Annual statistical returns and brief notes on vaccination in Bengal - 1909-1929
Year: 1909
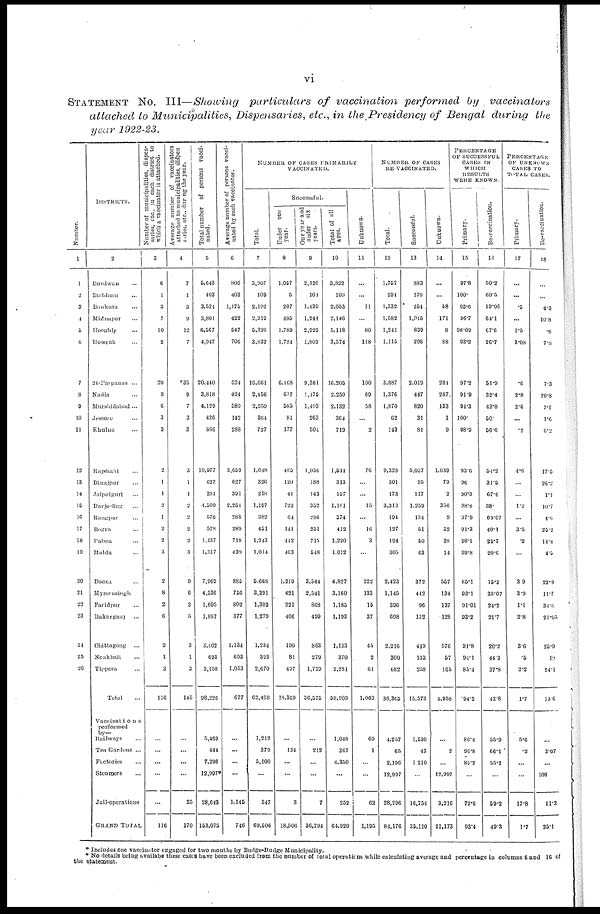
vi
STATEMENT NO. III—Showing particulars of vaccination performed by vaccinators
attached to Municipalities, Dispensaries, etc., in the Presidency of Bengal during the
year 1922-23.
Number.
1
1
2
3
4
5
6
7
8
9
10
11
12
13
14
15
16
17
18
19
20
21
22
23
24
25
26
DISTRICTS.
2
Burdwan ...
Birbhum ...
Bankura ...
Midnapur ...
Hooghly ...
Howrah ...
24-Parganas ...
Nadia ...
Murshidabad ...
Jessore ...
Khulna ...
Rajshahi ...
Dinajpur ...
Jalpaiguri ...
Darjeeling ...
Rangpur ...
Bogra ...
Pabna ...
Malda ...
Dacca ...
Mymensingh
Faridpur ...
Bakarganj ...
Chittagong
...
Noakhali ...
Tippera ...
Total ...
Vaccinations
porformed
by—
Railways ...
Tea Gardens ...
Factories ...
Steamers ...
Jail-operations
GRAND TOTAL
Number of municipalities, dispen-
saries, etc., in each district to
which a vaccinator is attached.
3
6
1
3
7
10
2
28
9
6
3
3
2
1
1
2
1
2
2
3
2
8
2
6
2
1
3
116
...
...
...
...
...
116
Average number of vaccinators
attached to municipalities, dispen-
saries, etc., during the year.
4
7
1
3
9
12
7
39
9
7
3
3
3
1
1
2
2
2
2
3
9
6
2
5
3
1
3
145
...
...
...
...
25
170
Total number of persons vacci-
nated.
5
5,643
403
3,524
3,801
6,567
4,947
20,440
3,818
4,129
426
866
10,977
627
391
4,509
576
578
1,437
1,317
7,969
4,536
1,605
1,887
3,402
693
3,158
98,226
5,469
444
7,296
12,997*
28,643
153,075
Average number of persons vacci-
nated by each vaccinator.
6
806
403
1,175
422
547
706
524
424
589
142
288
3,659
627
391
2,251
288
289
718
439
885
756
802
377
1,134
693
1,053
677
...
...
...
...
1,145
746
NUMBER OF CASES PRIMARILY
VACCINATED.
Total.
7
3,907
109
2,192
2,219
5,326
3,832
19,661
2,456
2,259
364
727
1,648
326
218
1,197
382
451
1,243
1,014
5,668
3,391
1,302
1,279
1,234
393
2,670
62,468
1,212
1,212
379
5,100
...
347
69,506
Successful.
Under one
year.
8
1,057
5
207
405
1,789
1,724
6,168
677
585
81
177
465
120
41
723
64
141
412
463
1,219
421
221
406
190
81
497
18,369
...
134
...
...
3
18,506
One year and
under six
years.
9
2,126
101
1,439
1,244
2,922
1,802
9,361
1,475
1,493
263
504
1,036
188
143
352
286
251
715
548
3,544
2,541
868
499
863
279
1,729
36,575
...
212
...
...
7
36,794
Total of all
ages.
10
3,822
109
2,053
2,146
5,118
3,574
16,205
2,259
2,132
364
719
1,544
313
197
1,181
374
412
1,220
1,012
4,827
3,160
1,185
1,193
1,133
370
2,281
58,903
1,048
367
4,350
...
252
64,920
Unknown.
11
...
...
11
...
80
118
100
69
58
...
2
76
...
...
15
...
16
3
...
222
133
15
37
45
2
61
1,063
69
1
...
...
62
1,195
NUMBER OF CASES
RE-VACCINATED.
Total.
12
1,757
294
1,332
1,582
1,241
1,115
3,887
1,376
1,870
62
143
9,329
301
173
3,313
194
127
194
305
2,423
1,145
396
608
2,216
300
682
36,365
4,257
65
2,196
12,997
28,296
84,176
Successful.
13
883
178
254
1,015
839
298
2,019
447
820
31
81
5,057
95
117
1,259
134
51
50
63
372
442
96
132
449
133
258
15,573
1,530
43
1,210
...
16,754
35,110
Unknown.
14
...
...
58
171
8
88
284
287
133
1
9
1,639
79
2
356
9
32
28
14
557
134
137
128
576
57
165
4,958
...
2
...
12,997
3,216
21,173
PERCENTAGE
OF SUCCESSFUL
CASES IN
WHICH
RESULTS
WERE KNOWN.
Primary.
15
97.8
100.
93.6
96.7
96.09
93.2
97.2
91.9
91.3
100.
98.9
93.6
96
90.3
98.6
97.9
91.3
98.1
99.8
85.1
93.1
91.01
93.2
91.8
94.1
85.4
94.2
86.4
96.8
85.2
...
72.6
93.4
Re-vaccination.
16
50.2
60.5
19.06
64.1
67.6
26.7
51.9
32.4
43.8
50.
56.6
54.2
31.5
67.6
38.
69.07
40.1
25.7
20.6
15.3
38.07
24.2
21.7
20.2
44.3
37.8
42.8
35.9
66.1
55.1
...
59.2
49.3
PERCENTAGE
OF UNKNOWN-
CASES TO
TOTAL CASES.
Primary.
17
...
...
.5
...
1.5
3.08
.6
2.8
2.6
...
.2
4.6
...
...
1.2
...
3.5
.2
...
3.9
3.9
1.1
2.8
3.6
.5
2.2
1.7
5.6
.2
...
...
17.8
1.7
Re-vaccination.
18
...
...
4.3
10.8
.6
7.8
7.3
20.8
7.1
1.6
6.2
17.5
26.2
1.1
10.7
4.6
25.2
14.4
4.5
22.9
11.7
31.6
21.05
25.9
19
24.1
13.6
...
3.07
...
100
11.3
25.1
* Includes one vaccinator engaged for two months by Budge-Budge Municipality.
* No details being availabe these cases have been excluded from the number of total operations while calculating average and percentage in columns 6 and 16 of
the statement.